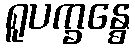
ရူပက္ခန္ဓေ